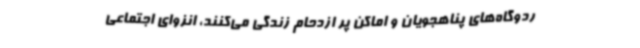
ردوگاه‌های پناهجویان و اماکن پر ازدحام زندگی می‌کنند، انزوای اجتماعی